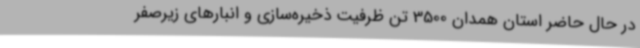
در حال حاضر استان همدان 3500 تن ظرفیت ذخیره‌سازی و انبارهای زیرصفر